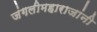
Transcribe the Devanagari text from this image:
जंगलीमहाराजांनी